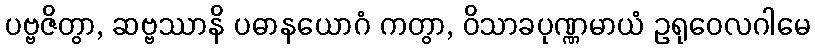
ပဗ္ဗဇိတွာ, ဆဗ္ဗဿာနိ ပဓာနယောဂံ ကတွာ, ဝိသာခပုဏ္ဏမာယံ ဥရုဝေလဂါမေ